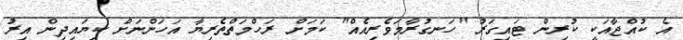
އެ ކުއްޖާއަކީ ކުރިން ޓައިގަރު "ހަނގުރާމަވެރިއެއް" ކަމަށް ރަހްމަތްތެރިޔާ އަހަންނަށް ކިޔައިދިން އިރު